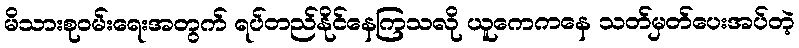
မိသားစုဝမ်းရေးအတွက် ရပ်တည်နိုင်နေကြသလို ယူကေကနေ သတ်မှတ်ပေးအပ်တဲ့